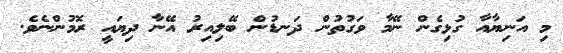
މި އަނިޔާއާ ގުޅިގެން ނޭމާ ވަގުތުން ދަނޑުން ބޭލިއިރު އޭނާ ދިޔައީ ރޮމުންނެވެ.